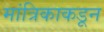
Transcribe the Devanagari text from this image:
मांत्रिकाकडून